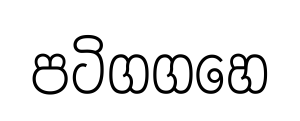
පටිගගහෙ